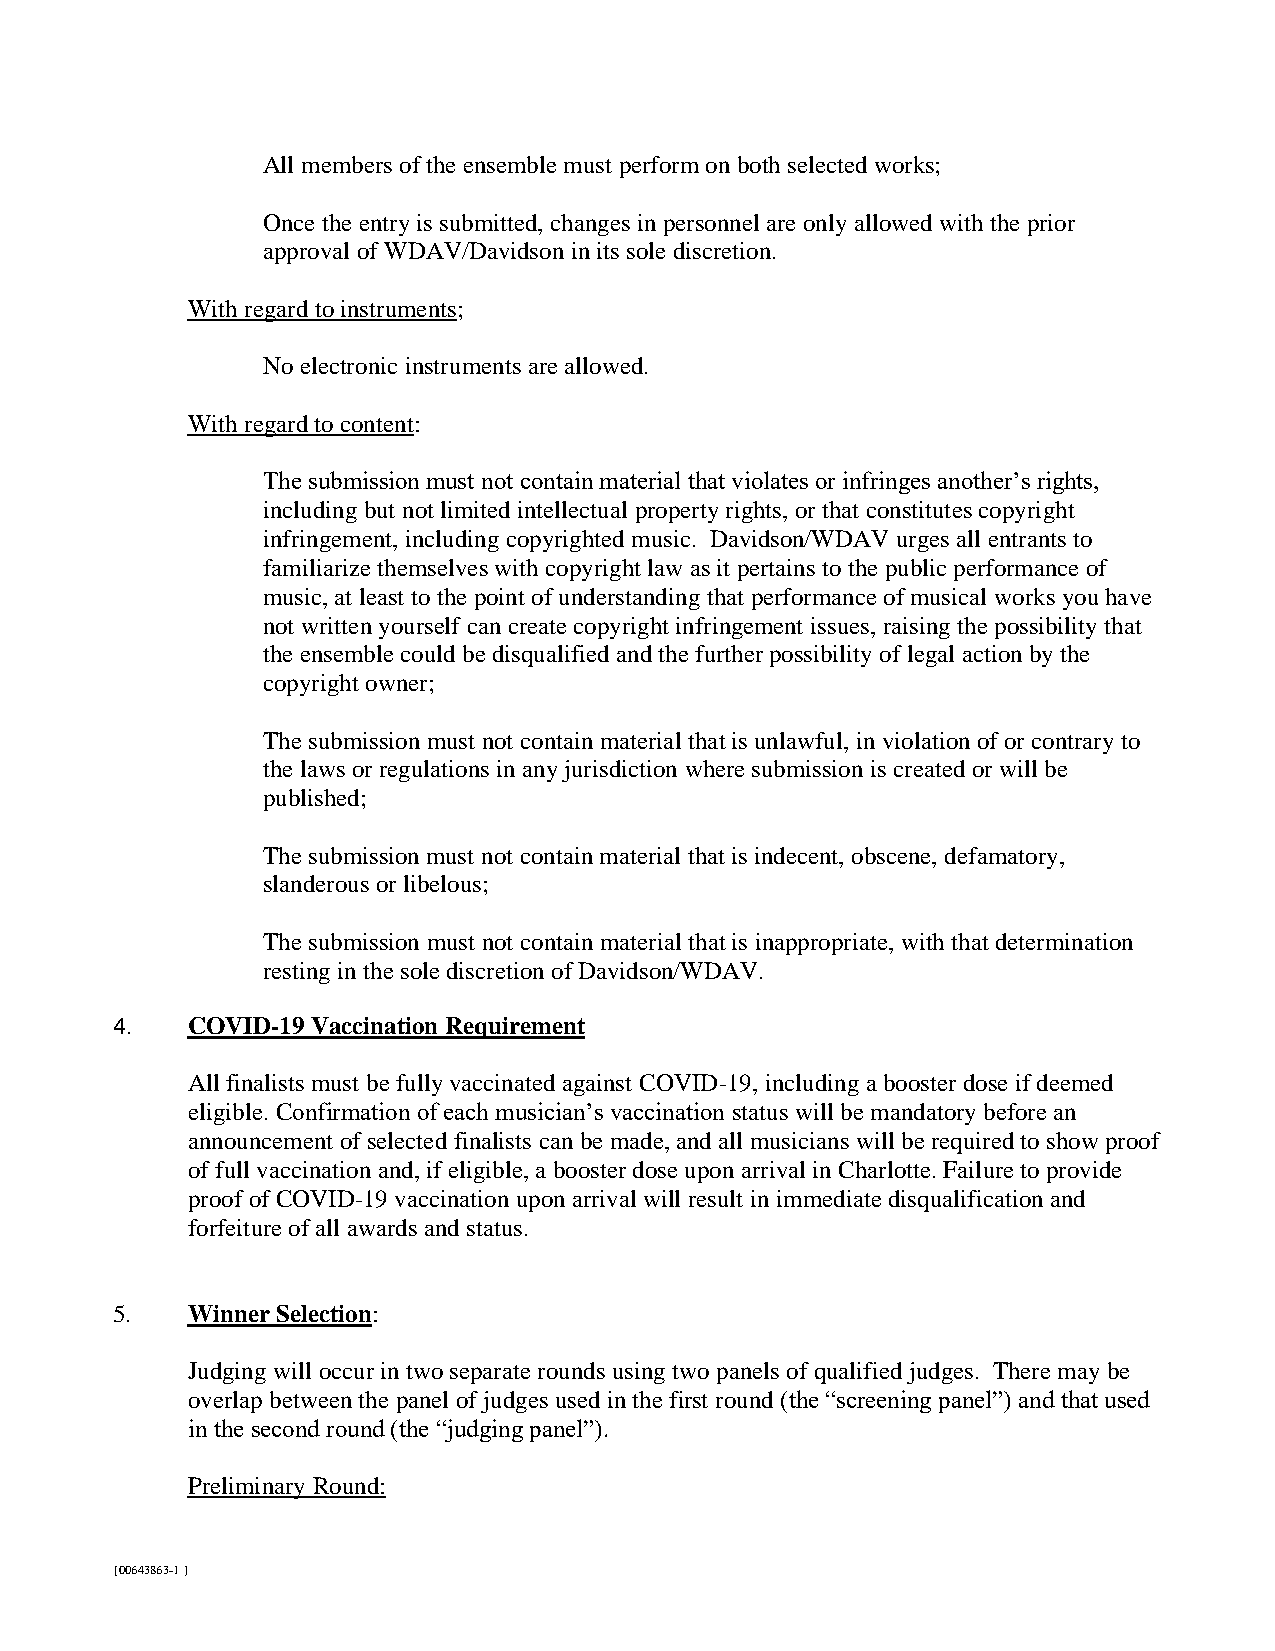
All members of the ensemble must perform on both selected works;
 Once the entry is submitted, changes in personnel are only allowed with the prior
 approval of WDAV/Davidson in its sole discretion.
 With regard to instruments;
 No electronic instruments are allowed.
 With regard to content:
 The submission must not contain material that violates or infringes another’s rights,
 including but not limited intellectual property rights, or that constitutes copyright
 infringement, including copyrighted music. Davidson/WDAV urges all entrants to
 familiarize themselves with copyright law as it pertains to the public performance of
 music, at least to the point of understanding that performance of musical works you have
 not written yourself can create copyright infringement issues, raising the possibility that
 the ensemble could be disqualified and the further possibility of legal action by the
 copyright owner;
 The submission must not contain material that is unlawful, in violation of or contrary to
 the laws or regulations in any jurisdiction where submission is created or will be
 published;
 The submission must not contain material that is indecent, obscene, defamatory,
 slanderous or libelous;
 The submission must not contain material that is inappropriate, with that determination
 resting in the sole discretion of Davidson/WDAV.
 4.   COVID-19 Vaccination Requirement
 All finalists must be fully vaccinated against COVID-19, including a booster dose if deemed
 eligible. Confirmation of each musician’s vaccination status will be mandatory before an
 announcement of selected finalists can be made, and all musicians will be required to show proof
 of full vaccination and, if eligible, a booster dose upon arrival in Charlotte. Failure to provide
 proof of COVID-19 vaccination upon arrival will result in immediate disqualification and
 forfeiture of all awards and status.
 4.
 5.   Winner Selection:
 Judging will occur in two separate rounds using two panels of qualified judges. There may be
 overlap between the panel of judges used in the first round (the “screening panel”) and that used
 in the second round (the “judging panel”).
 Preliminary Round:
 {00643863-1 }